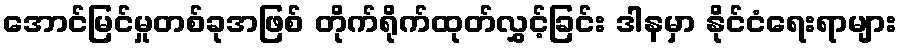
အောင်မြင်မှုတစ်ခုအဖြစ် တိုက်ရိုက်ထုတ်လွှင့်ခြင်း ဒါနမှာ နိုင်ငံရေးရာများ